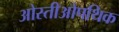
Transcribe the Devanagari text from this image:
ओस्तीओपथिक